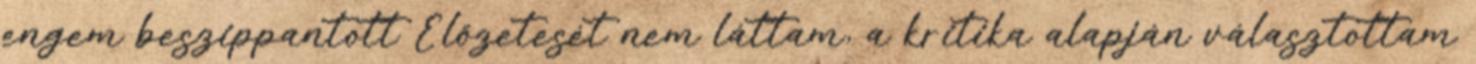
engem beszippantott Előzetesét nem láttam, a kritika alapján választottam